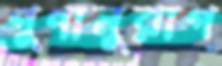
গুণানুরাগ